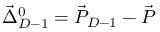
\vec { \Delta } _ { D - 1 } ^ { 0 } = \vec { P } _ { D - 1 } - \vec { P }